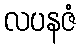
လပနဇံ